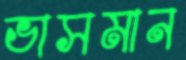
ভাসমান